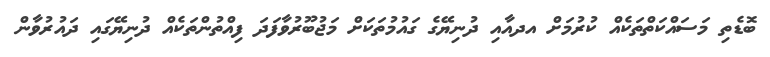
ބޮޑެތި މަސައްކަތްތަކެއް ކުރުމަށް އދއާއި ދުނިޔޭގެ ގައުމުތަކަށް މަޖުބޫރުވާފަދަ ފިއްތުންތަކެއް ދުނިޔޭގައި ދައުރުވާން